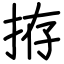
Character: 拵